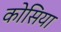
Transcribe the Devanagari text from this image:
कोसिया